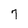
Character: 7